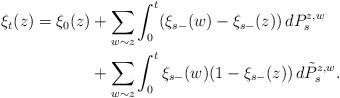
LaTeX: \begin{align*}\xi_t(z) = \xi_0(z) &+ \sum_{w\sim z} \int_0^t (\xi_{s-}(w) - \xi_{s-}(z)) \, dP^{z,w}_s \\& + \sum_{w\sim z} \int_0^t \xi_{s-}(w)(1 - \xi_{s-}(z)) \, d\tilde P^{z,w}_s.\end{align*}